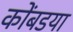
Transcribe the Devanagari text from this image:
कोंबडया